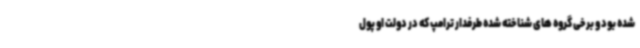
شده بود و برخی گروه های شناخته شده طرفدار ترامپ که در دولت او پول